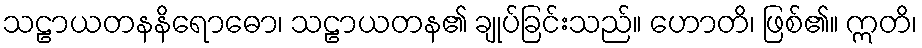
သဠာယတနနိရောဓော၊ သဠာယတန၏ ချုပ်ခြင်းသည်။ ဟောတိ၊ ဖြစ်၏။ ဣတိ၊